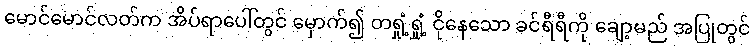
မောင်မောင်လတ်က အိပ်ရာပေါ်တွင် မှောက်၍ တရှုံ့ရှုံ့ ငိုနေသော ခင်ရီရီကို ချော့မည် အပြုတွင်